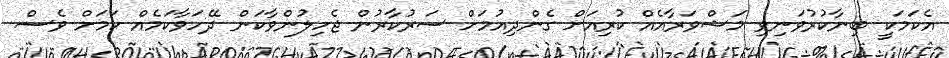
އެކަމަކީ ބިނާކުރުވަނިވި މަޝްވަރާއެއް ކުރިއަށް ގެންދިއުމަށް ސަރުކާރުން ޖެހިލުންވާކަން ދޭހަވާކަމެއް ކަމަށް ވެސް